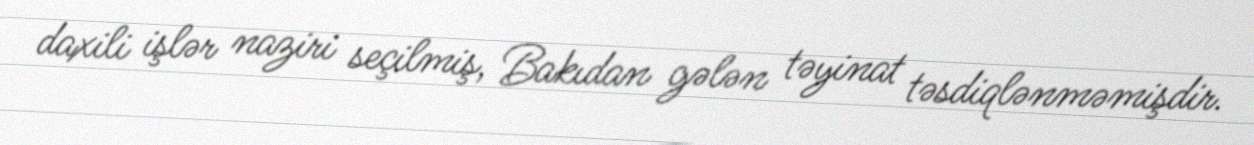
daxili işlər naziri seçilmiş, Bakıdan gələn təyinat təsdiqlənməmişdir.